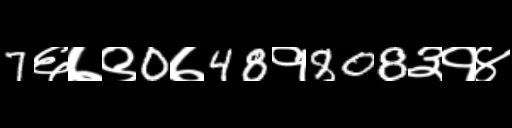
Text: 7६७९0७48१808३१४